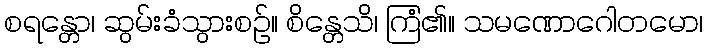
စရန္တော၊ ဆွမ်းခံသွားစဉ်။ စိန္တေသိ၊ ကြံ၏။ သမဏောဂေါတမော၊